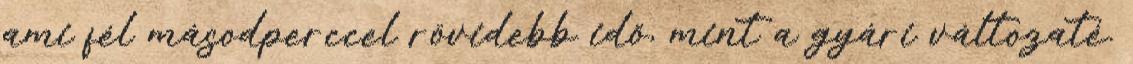
ami fél másodperccel rövidebb idő, mint a gyári változaté.